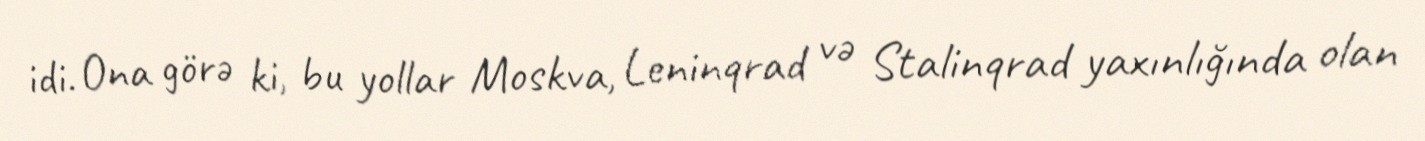
idi. Ona görə ki, bu yollar Moskva, Leninqrad və Stalinqrad yaxınlığında olan